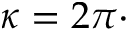
\kappa = 2 \pi \cdot